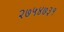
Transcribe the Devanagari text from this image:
२७५४७३१